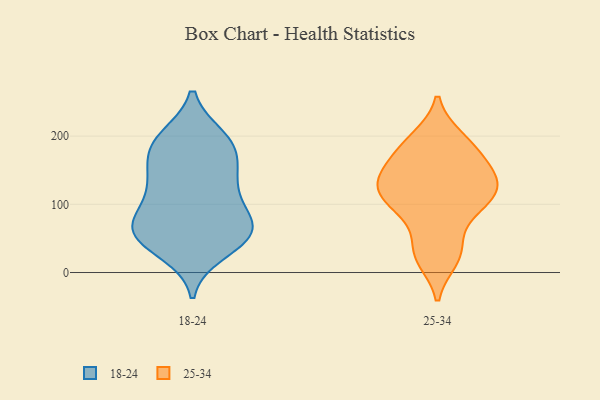
{"axis": {"x": "Inventory Turnover", "y": "Value"}, "legend": ["18-24", "25-34"], "data": [{"x": "", "y": 39, "type": "18-24"}, {"x": "", "y": 197, "type": "18-24"}, {"x": "", "y": 63, "type": "18-24"}, {"x": "", "y": 58, "type": "18-24"}, {"x": "", "y": 118, "type": "18-24"}, {"x": "", "y": 67, "type": "18-24"}, {"x": "", "y": 177, "type": "18-24"}, {"x": "", "y": 97, "type": "18-24"}, {"x": "", "y": 191, "type": "18-24"}, {"x": "", "y": 53, "type": "18-24"}, {"x": "", "y": 198, "type": "18-24"}, {"x": "", "y": 57, "type": "18-24"}, {"x": "", "y": 114, "type": "18-24"}, {"x": "", "y": 150, "type": "18-24"}, {"x": "", "y": 75, "type": "18-24"}, {"x": "", "y": 185, "type": "18-24"}, {"x": "", "y": 138, "type": "18-24"}, {"x": "", "y": 66, "type": "18-24"}, {"x": "", "y": 30, "type": "18-24"}, {"x": "", "y": 148, "type": "18-24"}, {"x": "", "y": 130, "type": "25-34"}, {"x": "", "y": 92, "type": "25-34"}, {"x": "", "y": 134, "type": "25-34"}, {"x": "", "y": 179, "type": "25-34"}, {"x": "", "y": 197, "type": "25-34"}, {"x": "", "y": 39, "type": "25-34"}, {"x": "", "y": 26, "type": "25-34"}, {"x": "", "y": 20, "type": "25-34"}, {"x": "", "y": 110, "type": "25-34"}, {"x": "", "y": 154, "type": "25-34"}, {"x": "", "y": 115, "type": "25-34"}, {"x": "", "y": 115, "type": "25-34"}, {"x": "", "y": 193, "type": "25-34"}, {"x": "", "y": 138, "type": "25-34"}, {"x": "", "y": 161, "type": "25-34"}, {"x": "", "y": 88, "type": "25-34"}]}